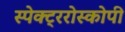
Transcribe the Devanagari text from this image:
स्पेक्ट्ररोस्कोपी